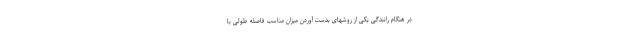
در هنگام رانندگی یکی از روشهای بدست آوردن میزان مناسب فاصله طولی با